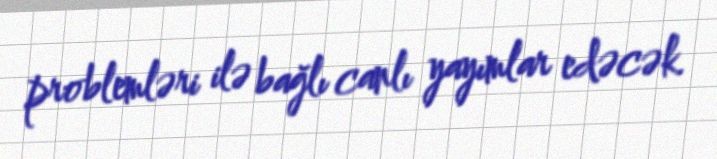
problemləri ilə bağlı canlı yayımlar edəcək.